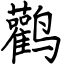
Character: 鹳